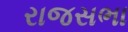
રાજસભા